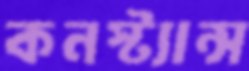
কনস্ট্যান্স